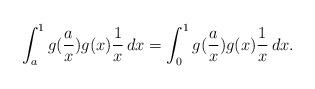
LaTeX: \begin{align*} \int_{a}^1 g(\frac{a}{x}) g(x) \frac{1}{x} \, dx = \int_{0}^1 g(\frac{a}{x}) g(x) \frac{1}{x} \, dx .\end{align*}